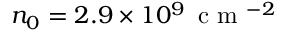
n _ { 0 } = 2 . 9 \times 1 0 ^ { 9 } \, \mathrm { ~ c ~ m ~ } ^ { - 2 }